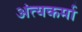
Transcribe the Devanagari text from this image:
अंत्यकर्मा